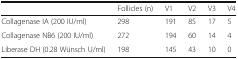
<table><thead><tr><td></td><td><b>Follicles (n)</b></td><td><b>V1</b></td><td><b>V2</b></td><td><b>V3</b></td><td><b>V4</b></td></tr></thead><tbody><tr><td>Collagenase IA (200 IU/ml)</td><td>298</td><td>191</td><td>85</td><td>17</td><td>5</td></tr><tr><td>Collagenase NB6 (200 IU/ml)</td><td>272</td><td>194</td><td>60</td><td>14</td><td>4</td></tr><tr><td>Liberase DH (0.28 Wünsch U/ml)</td><td>198</td><td>145</td><td>43</td><td>10</td><td>0</td></tr></tbody></table>